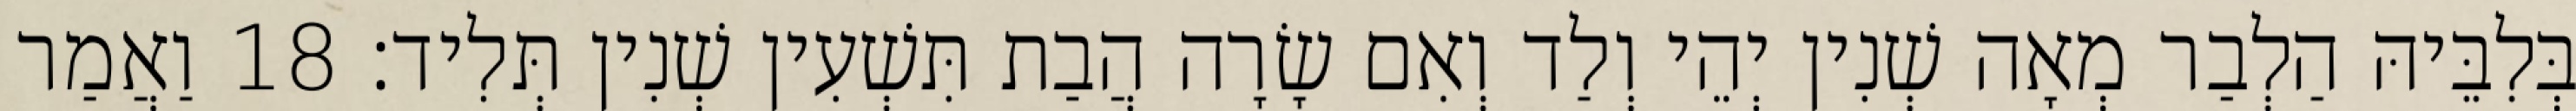
בְּלִבֵּיהּ הַלְבַר מְאָה שְׁנִין יְהֵי וְלַד וְאִם שָׂרָה הֲבַת תִּשְׁעִין שְׁנִין תְּלִיד׃ 18 וַאֲמַר